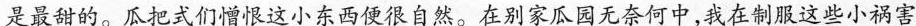
是最甜的。瓜把式们憎恨这小东西便很自然。在别家瓜园无奈何中，我在制服这些小祸害